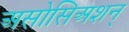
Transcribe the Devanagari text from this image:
असोसिअशन्